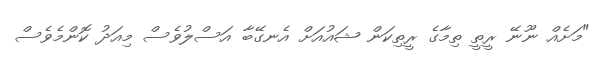
"މަށެއް ނޫނޭ ރީތީ ތިމާގެ ރީތިކަން ޝައުއަށް އެނގޭބާ އަސްލުވެސް މިއަދު ކޮންމެވެސް